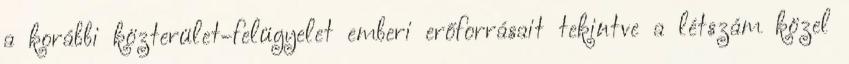
a korábbi közterület-felügyelet emberi erőforrásait tekintve a létszám közel